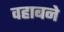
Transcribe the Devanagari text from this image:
वहाबने